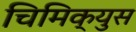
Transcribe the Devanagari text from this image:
चिमिक्युस